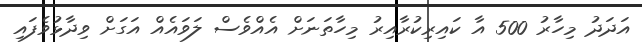
އަދަދު މިހާރު 500 އާ ކައިރިކުރާއިރު މިހާތަނަށް އެއްވެސް ލަވައެއް އަގަށް ވިދާޅުވެފައި